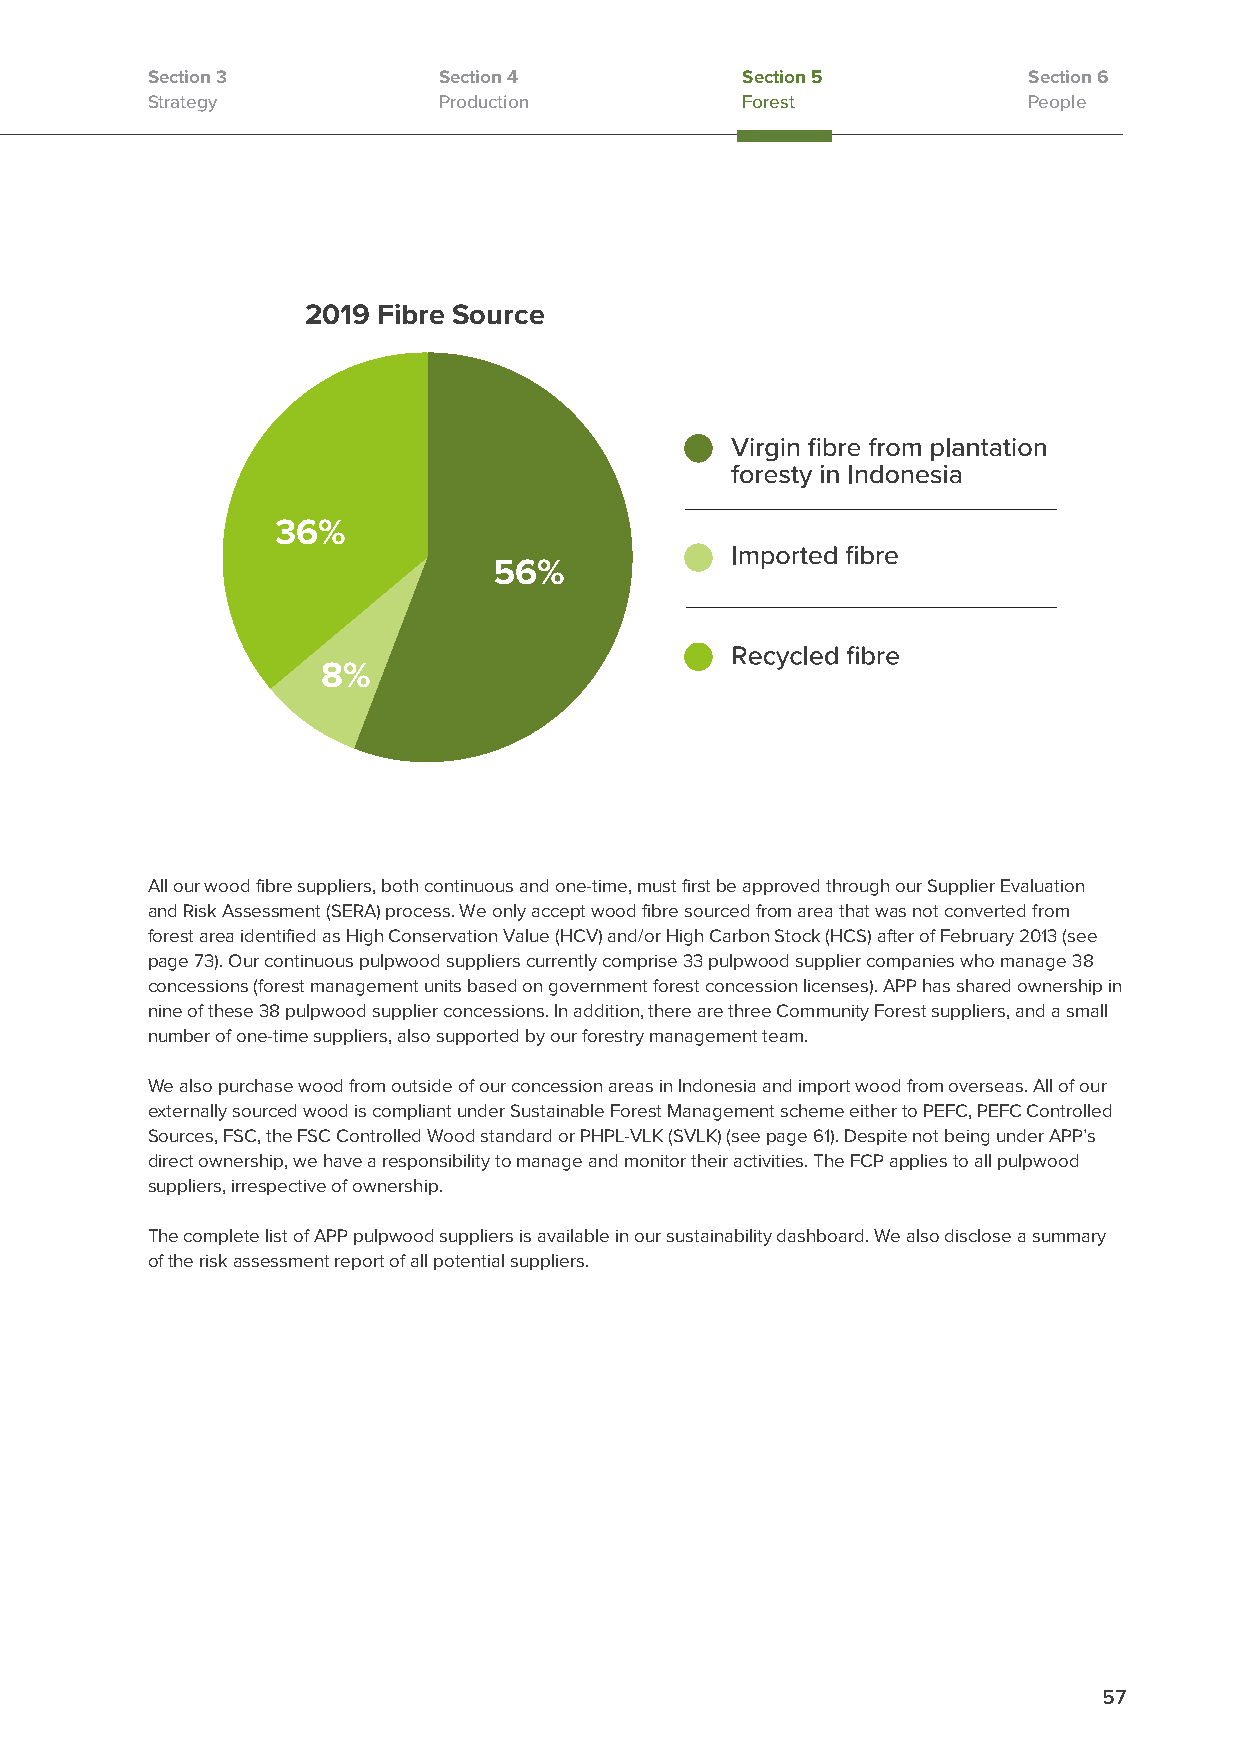
Section 3          Section 4           Section 5          Section 6
 Strategy           Production          Forest             People
 2019 Fibre Source
 36%
 56%
 8%
 All our wood fibre suppliers, both continuous and one-time, must first be approved through our Supplier Evaluation
 and Risk Assessment (SERA) process. We only accept wood fibre sourced from area that was not converted from
 forest area identified as High Conservation Value (HCV) and/or High Carbon Stock (HCS) after of February 2013 (see
 page 73). Our continuous pulpwood suppliers currently comprise 33 pulpwood supplier companies who manage 38
 concessions (forest management units based on government forest concession licenses). APP has shared ownership in
 nine of these 38 pulpwood supplier concessions. In addition, there are three Community Forest suppliers, and a small
 number of one-time suppliers, also supported by our forestry management team.
 We also purchase wood from outside of our concession areas in Indonesia and import wood from overseas. All of our
 externally sourced wood is compliant under Sustainable Forest Management scheme either to PEFC, PEFC Controlled
 Sources, FSC, the FSC Controlled Wood standard or PHPL-VLK (SVLK) (see page 61). Despite not being under APP’s
 direct ownership, we have a responsibility to manage and monitor their activities. The FCP applies to all pulpwood
 suppliers, irrespective of ownership.
 The complete list of APP pulpwood suppliers is available in our sustainability dashboard. We also disclose a summary
 of the risk assessment report of all potential suppliers.
 57